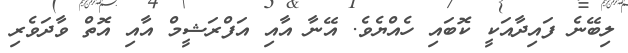
ލިބޭނެ ފައިދާއަކީ ކޮބައި ހެއްޔެވެ. އޭނާ އާއި އަފްރަޝީމް އާއި އޮތް ވާދަވެރި